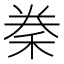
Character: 䅈